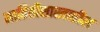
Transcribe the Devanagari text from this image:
माहितीशास्त्रातील